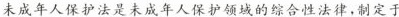
未成年人保护法是未成年人保护领域的综合性法律，制定于